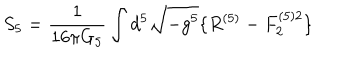
S _ { 5 } = \frac { 1 } { 1 6 \pi G _ { 5 } } \int d ^ { 5 } \sqrt { - g ^ { 5 } } \{ R ^ { ( 5 ) } - F _ { 2 } ^ { ( 5 ) 2 } \}